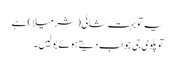
یہ تو بہت شائی ( شرمیلا ) ہے
تو پلوی جی جواب دیتے ہوئے بولیں ۔